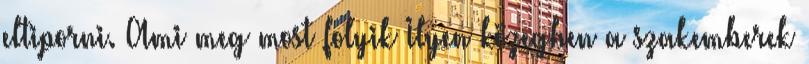
eltiporni. Ami meg most folyik Ilyen közegben a szakemberek